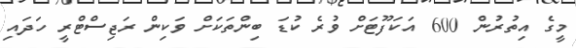
މީގެ އިތުރުން 600 އަކަފޫޓަށް ވުރެ ކުޑަ ބިންތަކަށް ވަކިން ރަޖިސްޓްރީ ހަދައި